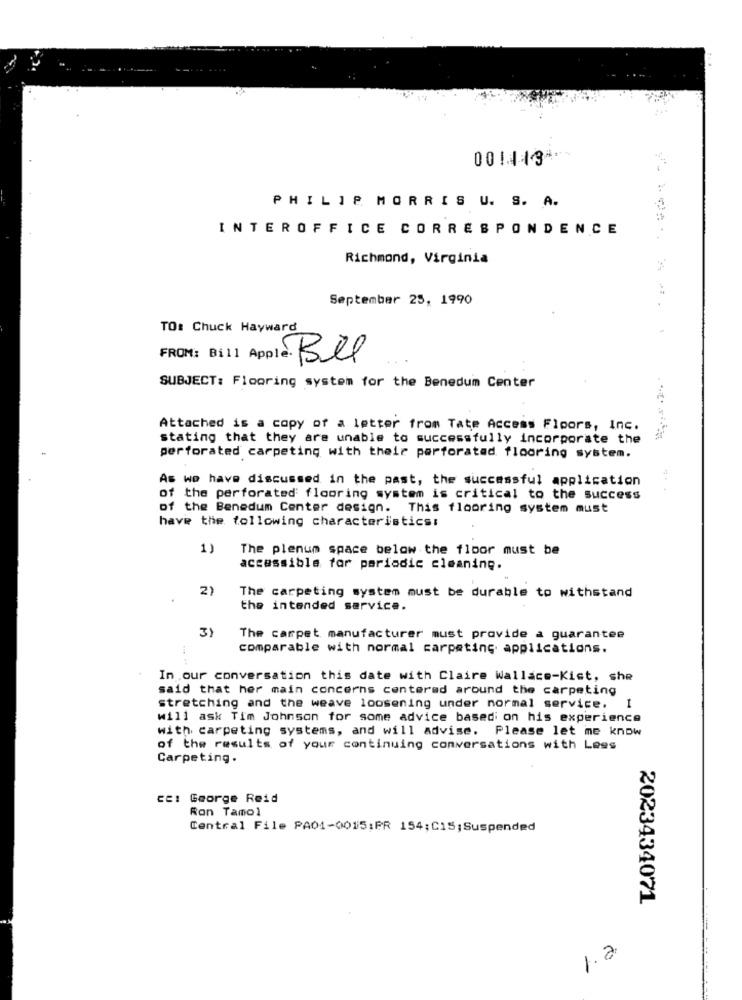
0014134
PHILIP MORRIS U. S. A.
INTEROFFICE CORRESPONDENCE
Richmond, Virginia
September 25, 1990
TO: Chuck Hayward
FROM: Bill Apple : Ble
SUBJECT: Flooring system for the Benedum Center
Attached is a copy of a letter from Tate Access Fipors, Inc.
stating that they are unable to successfully incorporate the
perforated carpeting with their perforated flooring system.
As we have discussed in the past, the successful application
of the perforated flooring system is critical to the success
of the Benedum Center design. This flooring system must
have the following characteristics:
1)
The plenum space below the floor must be
accessible for periodic cleaning.
2)
The carpeting system must be durable to withstand
the intended service.
3)
The carpet manufacturer must provide a guarantee
comparable with normal carpeting applications.
In our conversation this date with Claire Wallace-Kist, she
said that her main concerns centered around the carpeting
stretching and the weave loosening under normal service. 1
will ask Tim Johnson for some advice based on his experience
with carpeting systems, and will advise. Please let me know
of the results of your continuing conversations with Less
Carpeting.
cc: George Reid
Ron Tamol
Central File PA01-0015:PR 154;C15;Suspended
2023434071
1.2